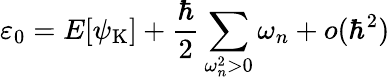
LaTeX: \varepsilon_{0}=E[{\psi}_{\mathrm{K}}]+\frac{\hbar}{2}\sum_{\omega_{n}^{2}>0}\omega_{n}+o(\hbar^{2})